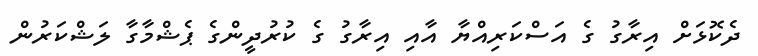
ދެކޮޅަށް އިރާގު ގެ އަސްކަރިއްޔާ އާއި އިރާގު ގެ ކުރުދީންގެ ޕެޝްމާގާ ލަޝްކަރުން